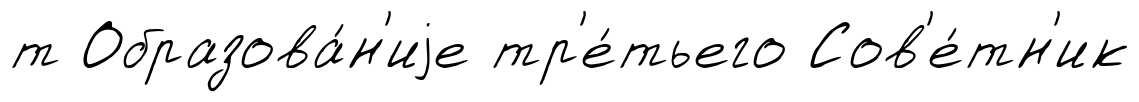
т Образова́н'иjе тр'е́тьего Сов'е́тн'ик